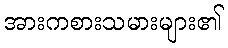
အားကစားသမားများ၏